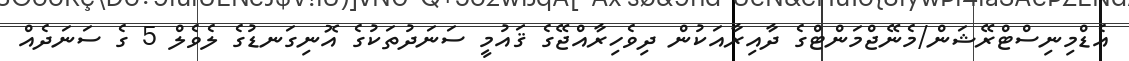
އެޑްމިނިސްޓްރޭޝަން/މެނޭޖްމަންޓްގެ ދާއިރާއަކުން ދިވެހިރާއްޖޭގެ ޤައުމީ ސަނަދުތަކުގެ އޮނިގަނޑުގެ ލެވެލް 5 ގެ ސަނަދެއް